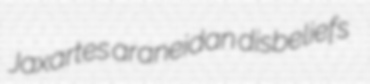
Jaxartes araneidan disbeliefs